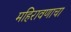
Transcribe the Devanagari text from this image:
महिरावणाचा